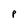
Character: P